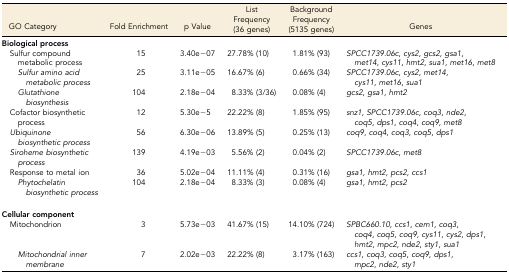
<table><thead><tr><td><b>GO Category</b></td><td><b>Fold Enrichment</b></td><td><b>p Value</b></td><td><b>List Frequency (36 genes)</b></td><td><b>Background Frequency (5135 genes)</b></td><td><b>Genes</b></td></tr></thead><tbody><tr><td colspan="6"><b>Biological process</b></td></tr><tr><td> Sulfur compound metabolic process</td><td>15</td><td>3.40e−07</td><td>27.78% (10)</td><td>1.81% (93)</td><td><i>SPCC1739.06c</i>, <i>cys2</i>, <i>gcs2</i>, <i>gsa1</i>, <i>met14</i>, <i>cys11</i>, <i>hmt2</i>, <i>sua1</i>, <i>met16</i>, <i>met8</i></td></tr><tr><td><i>Sulfur amino acid metabolic process</i></td><td>25</td><td>3.11e−05</td><td>16.67% (6)</td><td>0.66% (34)</td><td><i>SPCC1739.06c</i>, <i>cys2</i>, <i>met14</i>, <i>cys11</i>, <i>met16</i>, <i>sua1</i></td></tr><tr><td><i>Glutathione biosynthesis</i></td><td>104</td><td>2.18e−04</td><td>8.33% (3/36)</td><td>0.08% (4)</td><td><i>gcs2</i>, <i>gsa1</i>, <i>hmt2</i></td></tr><tr><td> Cofactor biosynthetic process</td><td>12</td><td>5.30e−5</td><td>22.22% (8)</td><td>1.85% (95)</td><td><i>snz1</i>, <i>SPCC1739.06c</i>, <i>coq3</i>, <i>nde2</i>, <i>coq5</i>, <i>dps1</i>, <i>coq4</i>, <i>coq9</i>, <i>met8</i></td></tr><tr><td> <i>Ubiquinone biosynthetic process</i></td><td>56</td><td>6.30e−06</td><td>13.89% (5)</td><td>0.25% (13)</td><td><i>coq9</i>, <i>coq4</i>, <i>coq3</i>, <i>coq5</i>, <i>dps1</i></td></tr><tr><td> <i>Siroheme biosynthetic process</i></td><td>139</td><td>4.19e−03</td><td>5.56% (2)</td><td>0.04% (2)</td><td><i>SPCC1739.06c</i>, <i>met8</i></td></tr><tr><td> Response to metal ion</td><td>36</td><td>5.02e−04</td><td>11.11% (4)</td><td>0.31% (16)</td><td><i>gsa1</i>, <i>hmt2</i>, <i>pcs2</i>, <i>ccs1</i></td></tr><tr><td><i>Phytochelatin biosynthetic process</i></td><td>104</td><td>2.18e−04</td><td>8.33% (3)</td><td>0.08% (4)</td><td><i>gsa1</i>, <i>hmt2</i>, <i>pcs2</i></td></tr><tr><td colspan="6"><b>Cellular component</b></td></tr><tr><td> Mitochondrion</td><td>3</td><td>5.73e−03</td><td>41.67% (15)</td><td>14.10% (724)</td><td><i>SPBC660.10</i>, <i>ccs1</i>, <i>cem1</i>, <i>coq3</i>, <i>coq4</i>, <i>coq5</i>, <i>coq9</i>, <i>cys11</i>, <i>cys2</i>, <i>dps1</i>, <i>hmt2</i>, <i>mpc2</i>, <i>nde2</i>, <i>sty1</i>, <i>sua1</i></td></tr><tr><td><i>Mitochondrial inner membrane</i></td><td>7</td><td>2.02e−03</td><td>22.22% (8)</td><td>3.17% (163)</td><td><i>ccs1</i>, <i>coq3</i>, <i>coq5</i>, <i>coq9</i>, <i>dps1</i>, <i>mpc2</i>, <i>nde2</i>, <i>sty1</i></td></tr></tbody></table>